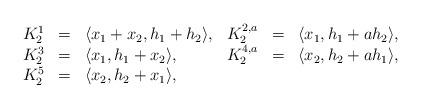
LaTeX: \begin{align*}\begin{array}{llllllll}K^{1}_2 &=& \langle x_1+x_2, h_1+h_2 \rangle, &K^{2,a}_2&=& \langle x_1, h_1 + a h_2 \rangle,\\K^{3}_2&=& \langle x_1, h_1 + x_2 \rangle, &K^{4,a}_2&=& \langle x_2, h_2 + a h_1 \rangle,\\K^{5}_2&=& \langle x_2, h_2 + x_1 \rangle,\end{array}\end{align*}